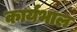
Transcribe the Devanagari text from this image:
कार्यभाल